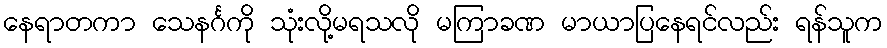
နေရာတကာ သေနင်္ဂကို သုံးလို့မရသလို မကြာခဏ မာယာပြနေရင်လည်း ရန်သူက